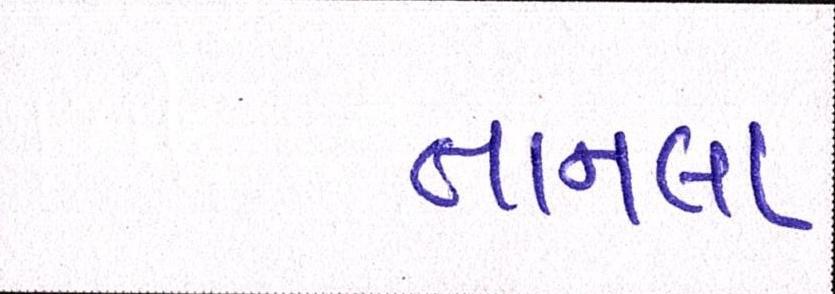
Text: તાનલા